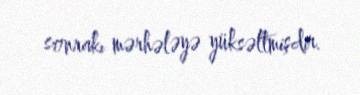
sonrakı mərhələyə yüksəltmişdir.